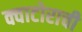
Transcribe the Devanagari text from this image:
क्वाटोराची